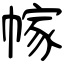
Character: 幏